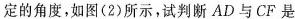
定的角度，如图(2)所示，试判断AD与CF是